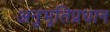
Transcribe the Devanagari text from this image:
अनुभूतिप्रधान